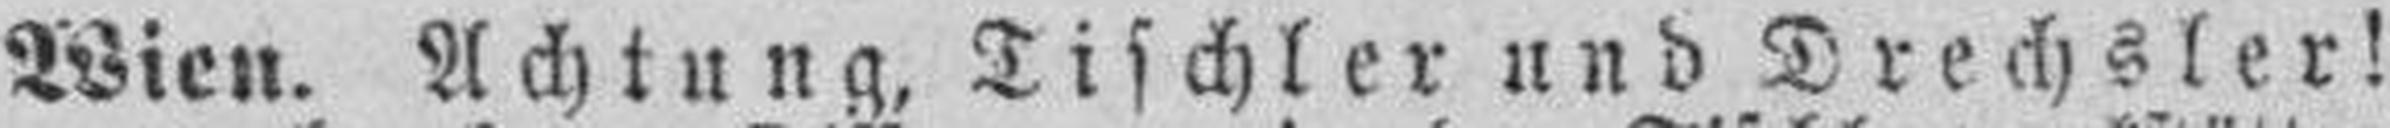
Wien. Achtung, Tischler und Drechsler!